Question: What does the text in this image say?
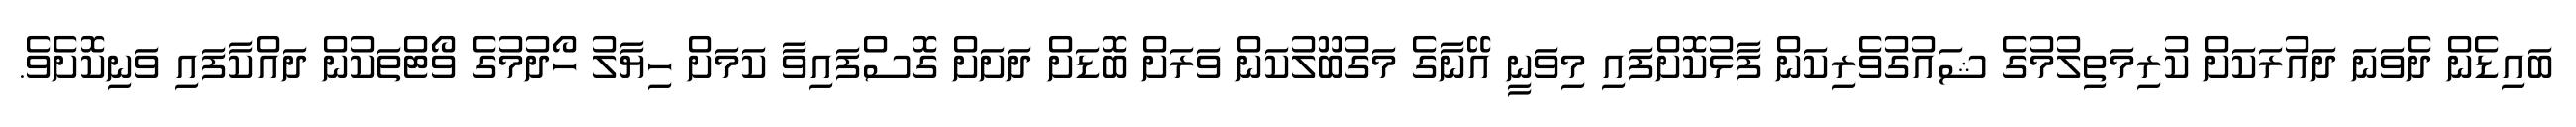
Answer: ބައިޑެން ދެވަނަ ދައުރަކަށް ކުރިމަތިލުމުގެ ޝައުގުވެރިކަން ފާޅުކޮށްފައި މިވަނީ އޭނާގެ މަގުބޫލުކަން ވަރަށް ބޮޑަށް ދަށަށް ގޮސްފައިވާ ކަމަށް ހިޔާލު ހޯދުމުގެ ވޯޓްތަކުން ދައްކާފައި ވަނިކޮށެވެ.